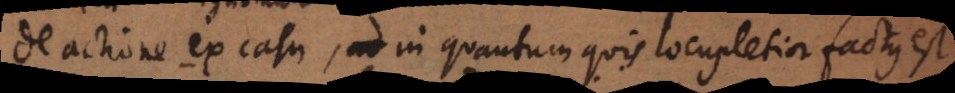
actione ex casu, in quantum quis locupletior factus est.